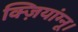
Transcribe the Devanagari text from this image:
क्ज़ियांग्नू।